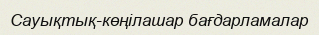
Сауықтық-көңілашар бағдарламалар